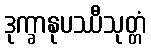
ဒုက္ခာနုပဿီသုတ္တံ